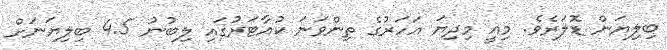
ބިލިޔަން ޑޮލަރެވެ. މިއީ މިދިޔަ އަހަރުގެ ތިންވަނަ ކުއާޓަރުގައި ލިބުނު 4.5 ބިލިޔަނަށް